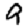
Digit: 9